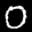
Label: 0